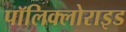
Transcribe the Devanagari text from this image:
पॉलिक्लोराइड